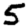
Digit: 5